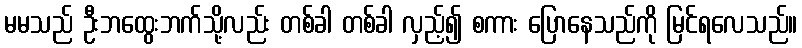
မမသည် ဦးဘထွေးဘက်သို့လည်း တစ်ခါ တစ်ခါ လှည့်၍ စကား ပြောနေသည်ကို မြင်ရလေသည်။